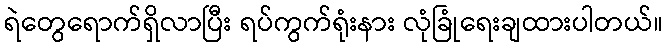
ရဲတွေရောက်ရှိလာပြီး ရပ်ကွက်ရုံးနား လုံခြုံရေးချထားပါတယ်။